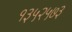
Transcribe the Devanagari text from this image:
१३५२५७३